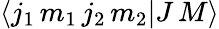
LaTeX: \langle j_{1}\, m_{1}\, j_{2}\, m_{2}|J\, M\rangle